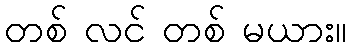
တစ် လင် တစ် မယား။